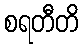
စရတီတိ